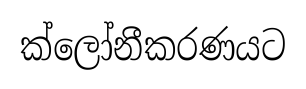
ක්ලෝනීකරණයට